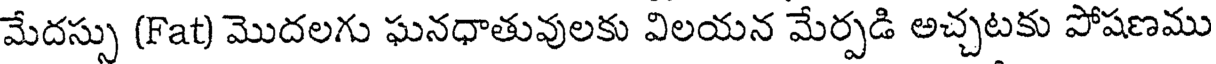
మేదస్సు (Fat) మొదలగు ఘనధాతువులకు విలయన మేర్పడి అచ్చటకు పోషణము